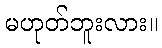
မဟုတ်ဘူးလား။